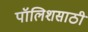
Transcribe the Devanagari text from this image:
पॉलिशसाठी